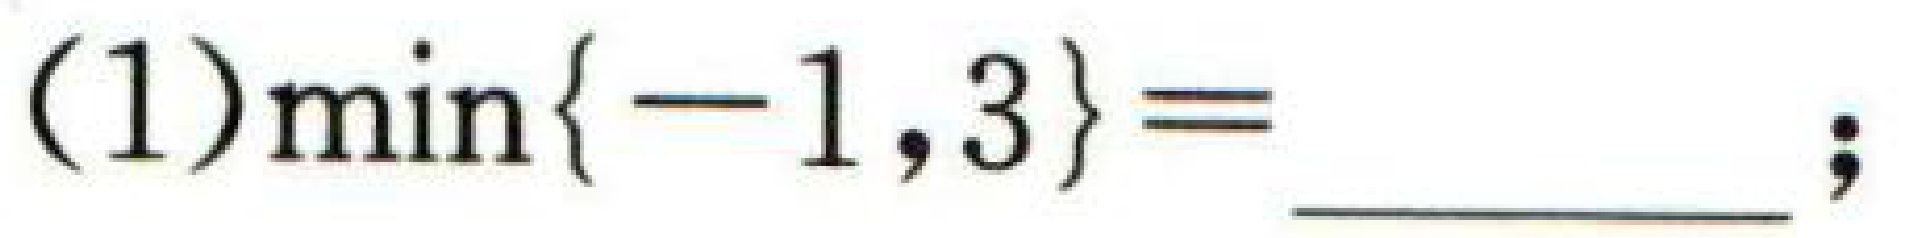
(1)$\min\{ - 1,3\}=$  \_\_\_ ;